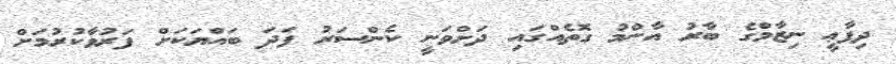
ދިފާޢީ ނިޒާމްގެ ބާރު އާންމު ގޮތެއްގައި ދަށްވަނީ ކެންސަރު ފަދަ ބައްޔަކަށް ފަރުވާކުރުމަށް